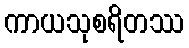
ကာယသုစရိတဿ